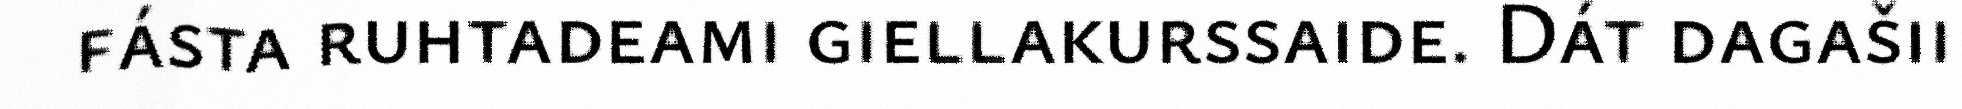
fásta ruhtadeami giellakurssaide. Dát dagašii